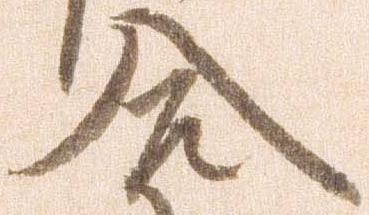
合